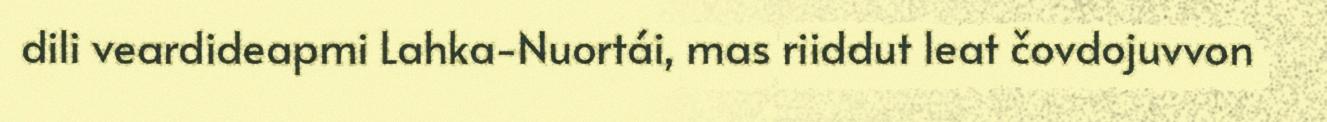
dili veardideapmi Lahka-Nuortái, mas riiddut leat čovdojuvvon